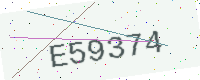
Text: E59374